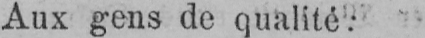
Aux gens de qualité: